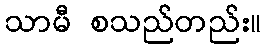
သာမီ စသည်တည်း။